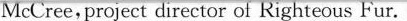
McCree, projcct direetor of Righteous Fur.